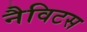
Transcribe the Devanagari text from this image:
नैविटस